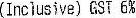
(INCLUSIVE) GST 6%